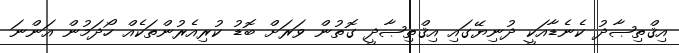
އިޤްތިޞާދު ކެނެޑާއަކީ ދުނިޔޭގައި އިޤްތިޞާދީ ގޮތުން ވަރަށް ބޮޑު ކުރިއެރުންތަކެއް ހޯދަމުން އަންނަ